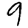
Digit: 9